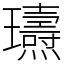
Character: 瓙